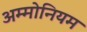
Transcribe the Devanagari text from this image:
अम्मोनियम